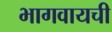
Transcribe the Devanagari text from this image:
भागवायची